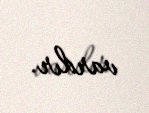
vardır.